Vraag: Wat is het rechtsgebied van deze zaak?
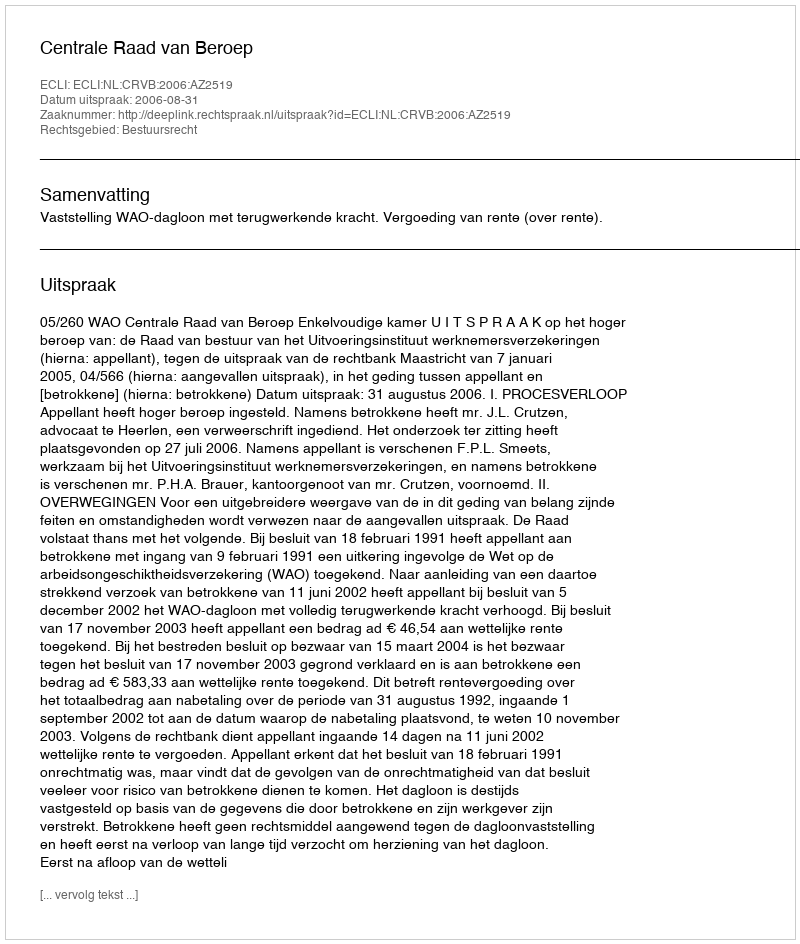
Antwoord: Bestuursrecht